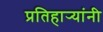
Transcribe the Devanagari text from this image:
प्रतिहार्‍यांनी